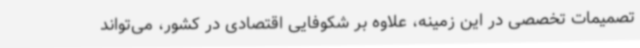
تصمیمات تخصصی در این زمینه، علاوه بر شکوفایی اقتصادی در کشور، می‌تواند